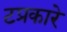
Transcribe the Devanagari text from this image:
टप्रकारे